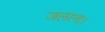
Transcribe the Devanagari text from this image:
जलाना।